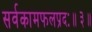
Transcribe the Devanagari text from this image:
सर्वकामफलप्रदः॥३॥